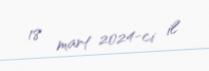
18 mart 2024-ci il